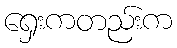
ရှေးကတည်းက